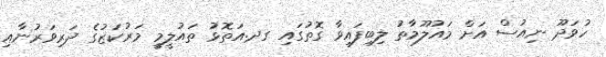
ހުވަދޫ ނިއުސް އަށް މައުލޫމާތު ލިބިފައިވާ ގޮތުގައި ގދ.އަތޮޅު ތައުލީމީ މަރުކަޒުގެ ދަރިވަރުނާއި